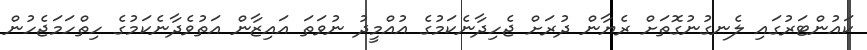
ކައުންޓަރުގައި ލެނގުނުގޮތަށް ރެޔާން ދުރަށް ޖެހިދާނެކަމުގެ އުއްމީދު ނުވަތަ އައިޒާން އަތުވެދާނެކަމުގެ ހިތްހަމަޖެހުން